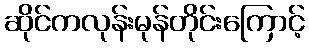
ဆိုင်ကလုန်းမုန်တိုင်းကြောင့်